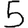
Digit: 5